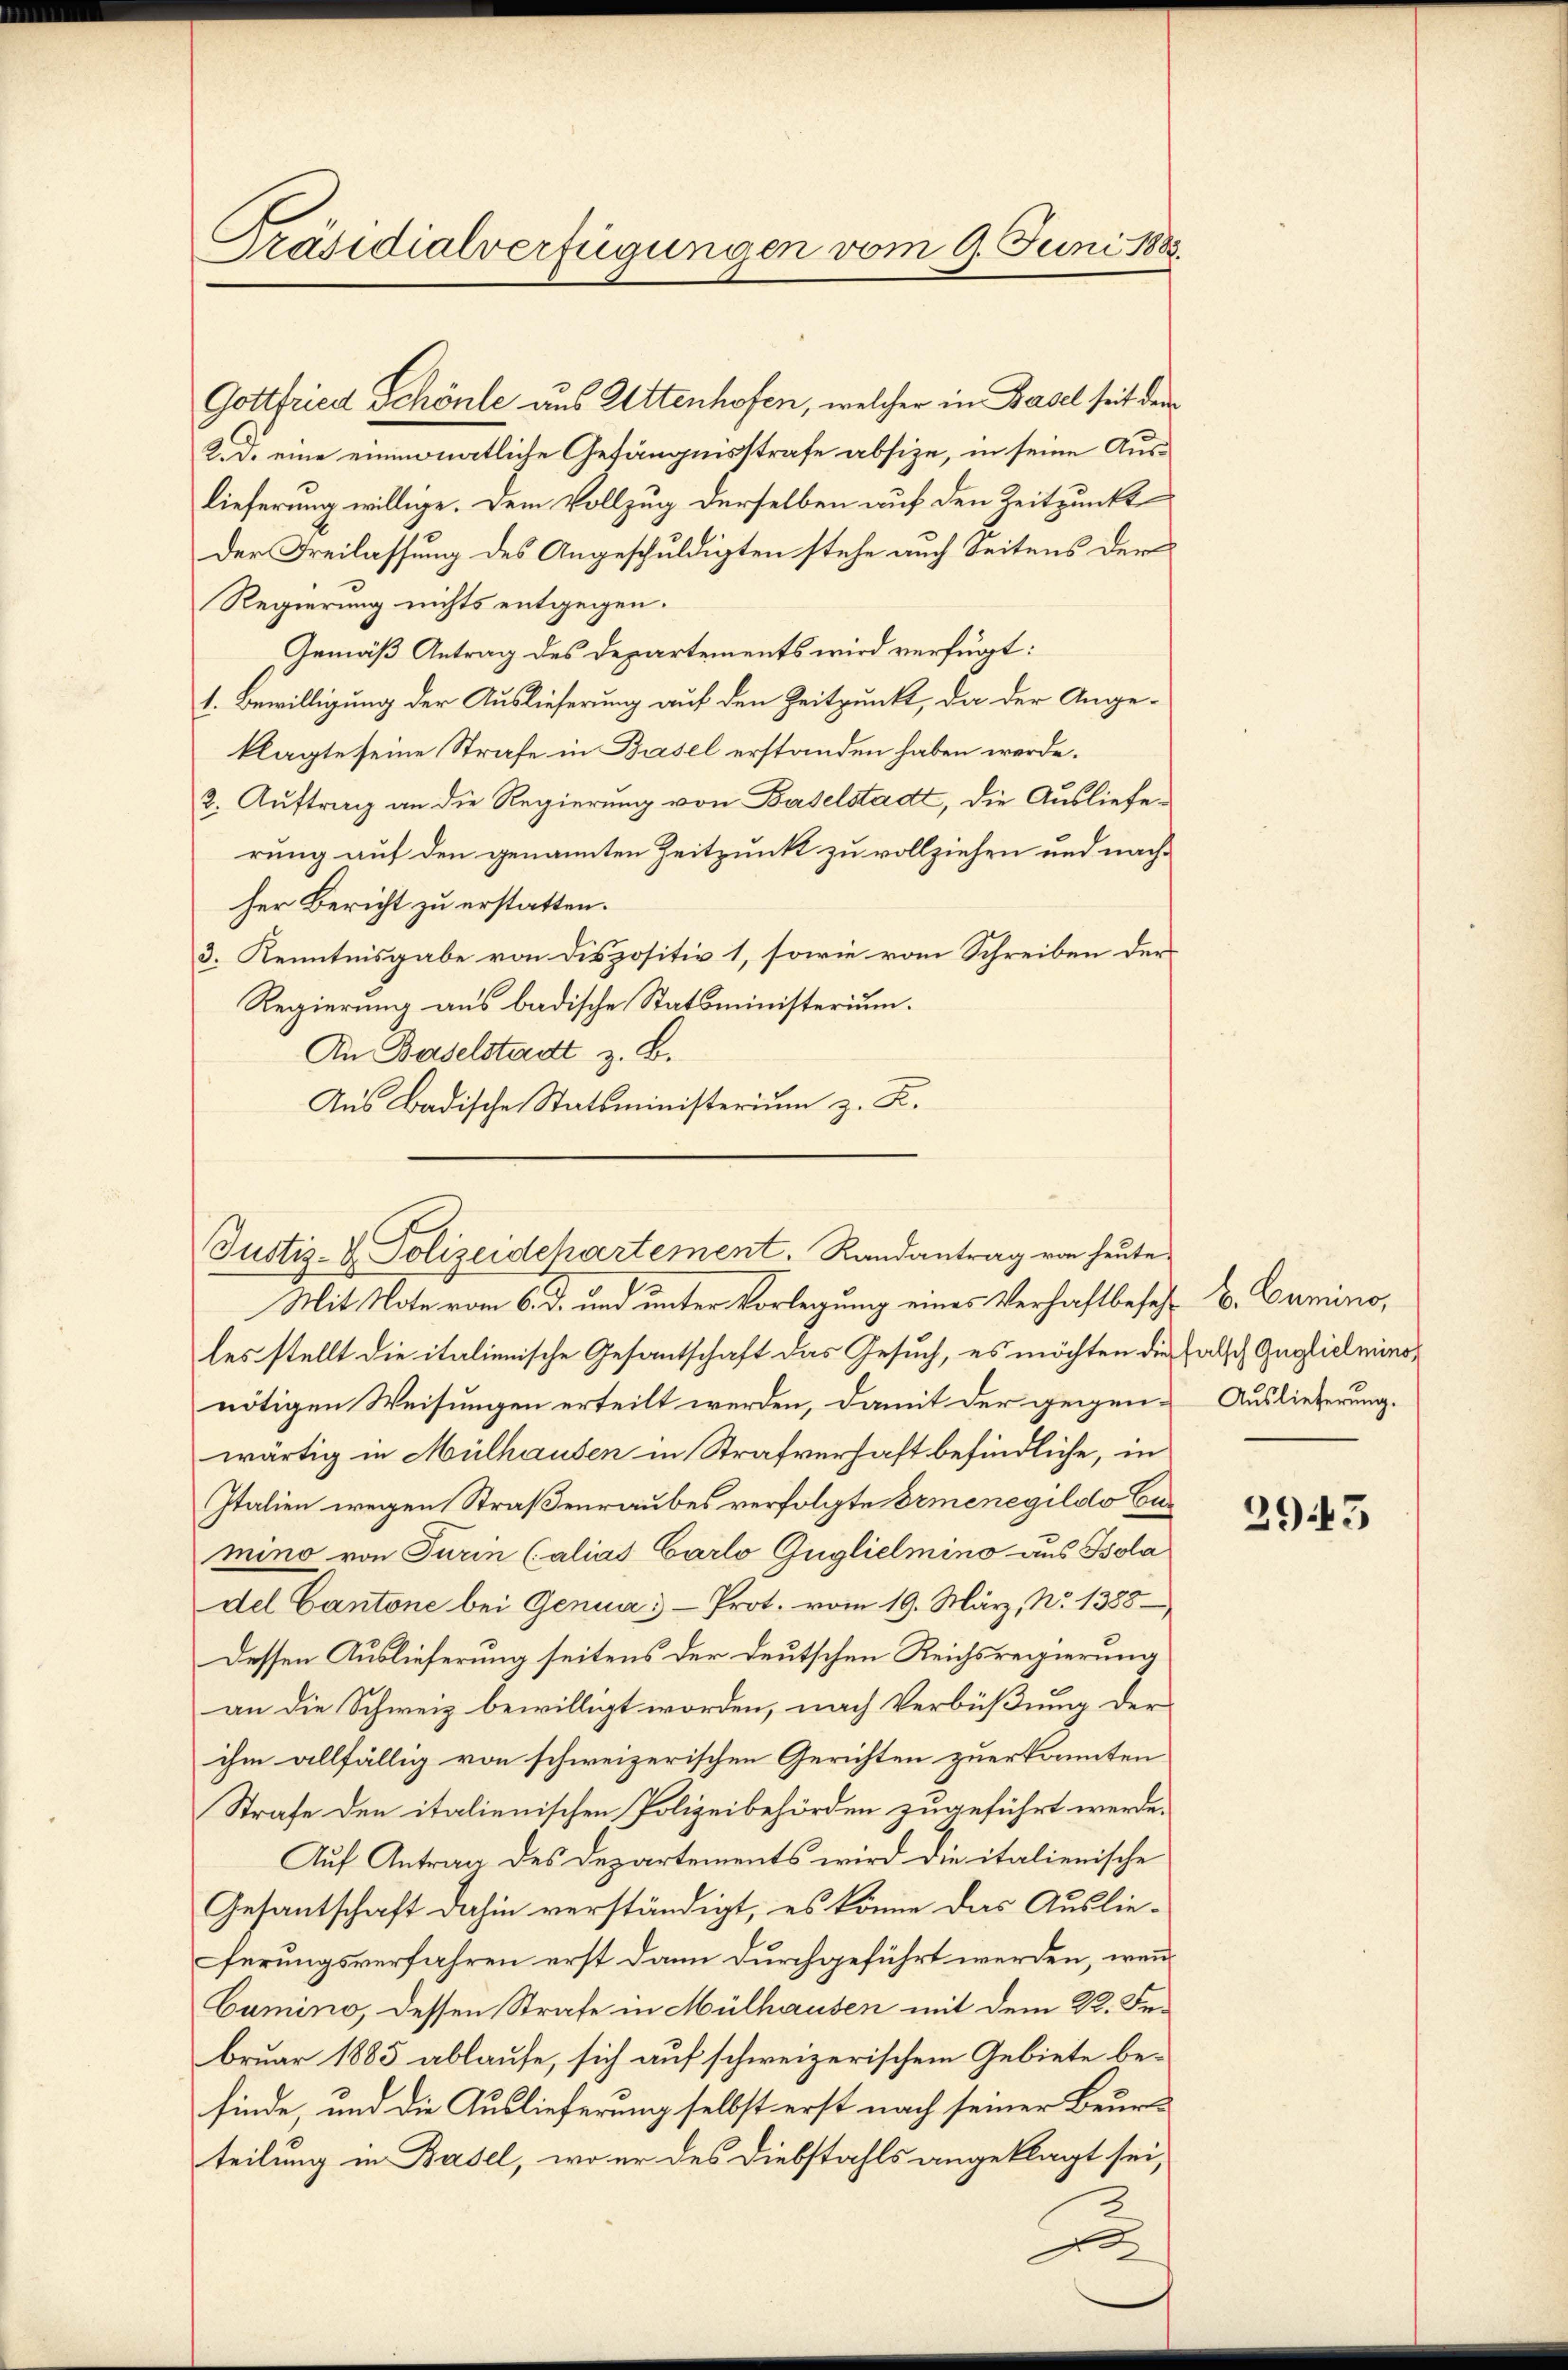
Präsidialverfügungen vom 9. Juni 1885.

Gottfried Schönle aus Attenhofen, welcher in Basel seit dem
2. d. eine einmonatliche Gefängnisstrafe absize, in seine Auslieferung willige. Dem Vollzug derselben auf den Zeitpunkt
der Freilassung des Angeschuldigten stehe auch Seitens der
Regierung nichts entgegen.
Gemäß Antrag des Departements wird verfügt:
1. Bewilligung der Auslieferung auf den Zeitpunkt, da der Angeklagte seine Strafe in Basel erstanden haben werde.
2. Auftrag an die Regierung von Baselstadt, die Auslieferung auf den genannten Zeitpunkt zu vollziehen und nachher Bericht zu erstatten.
3. Kenntnisgabe von Dispositiv 1, sowie vom Schreiben der
Regierung aus badische Statsministerium.
An Baselstadt z. B.
Aus Badische Statsministerium z. R.

Justiz- & Polizeidepartement. Randantrag von heute
Mit Note vom 6. d. und unter Vorlegung eines Verhaft besetz- B. Camino,

les stellt die italienische Gesantschaft das Gesuch, es möchten die falsch Guglich minonötigen Weisungen erteilt werden, damit der gegen Auslieferung.
wärtig in Mülhausen in Strafverhaft befindliche, in
Italien wegen Straßenraubes verfolgte Ermenegildo Eumino von Turin (alias Carlo Guglielmino aus Isola
del Cantone bei Genua - Prot. vom 19. März, No 1388
Dessen Auslieferung seitens der deutschen Reichsregierung
an die Schweiz bewilligt worden, nach Verbüßung der
ihm allfällig von schweizerischen Gerichten zuerkannten
Strafe den italienischen Polizeibehörden zugeführt werde.
Auf Antrag des Departements wird die italienische
Gesantschaft dahin verständigt, es könne das Auslieferungsverfahren erst dann durchgeführt werden, wenn
Cumino, dessen Strafe in Mülhausen mit dem 22. Februar 1885 ablaufe, sich auf schweizerischem Gebiete be-
finde, und die Auslieferung selbst erst nach seiner Beurteilung in Basel, wo er des Diebstahls angeklagt sei,
A

2945